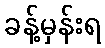
ခန့်မှန်းရ